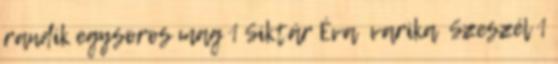
randik egysoros mag 1 Siktár Éva varika Szeszél 1